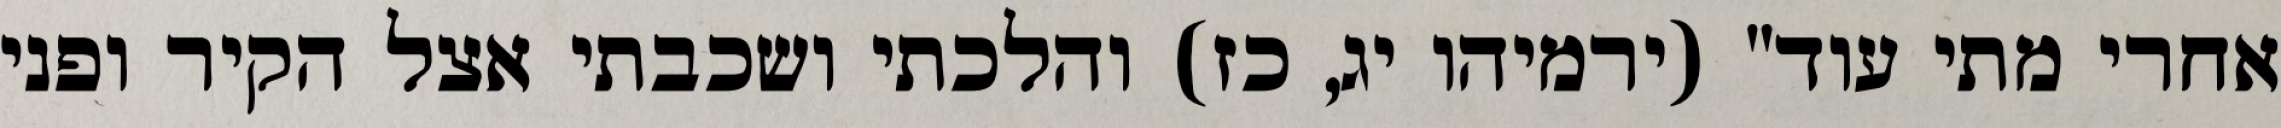
אחרי מתי עוד" (ירמיהו יג, כז) והלכתי ושכבתי אצל הקיר ופני